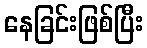
နေခြင်းဖြစ်ပြီး